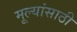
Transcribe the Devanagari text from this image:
मूल्यांसाठी